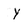
Character: Y